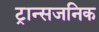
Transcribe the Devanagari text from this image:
ट्रान्सजनिक